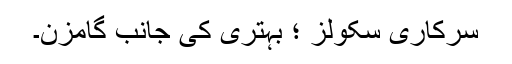
سرکاری سکولز ؛ بہتری کی جانب گامزن۔